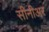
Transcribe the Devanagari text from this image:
सीनीअर